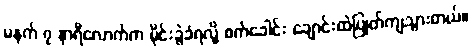
မနက် ၇ နာရီလောက်က မိုင်းခွဲခံရလို့ စက်ခေါင်း ချောင်းထဲပြုတ်ကျသွားတယ်။